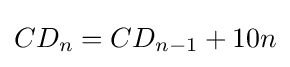
CD_{n}=CD_{n-1}+10n